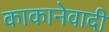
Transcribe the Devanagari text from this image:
काकानेवादी